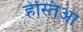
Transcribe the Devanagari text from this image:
हेस्तिआ